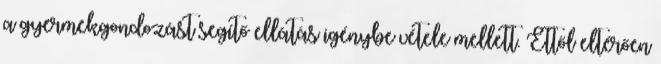
a gyermekgondozást segítő ellátás igénybe vétele mellett. Ettől eltérően